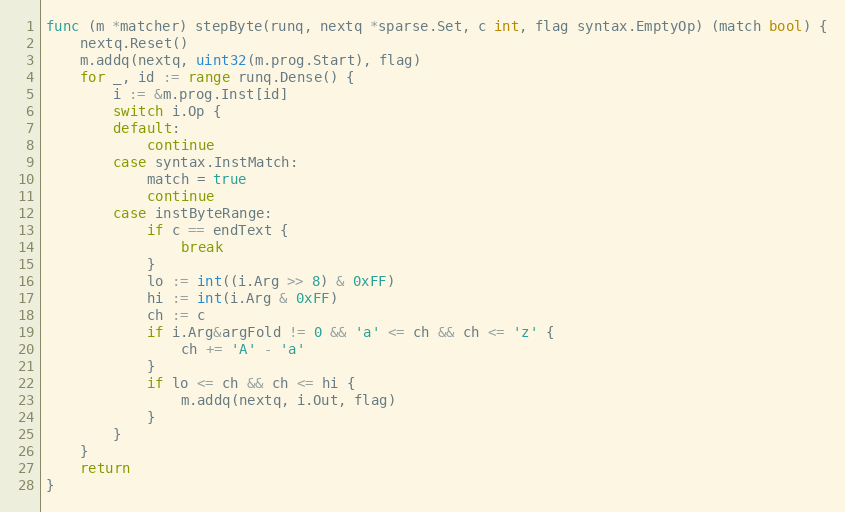
Language: Go
func (m *matcher) stepByte(runq, nextq *sparse.Set, c int, flag syntax.EmptyOp) (match bool) {
	nextq.Reset()
	m.addq(nextq, uint32(m.prog.Start), flag)
	for _, id := range runq.Dense() {
		i := &m.prog.Inst[id]
		switch i.Op {
		default:
			continue
		case syntax.InstMatch:
			match = true
			continue
		case instByteRange:
			if c == endText {
				break
			}
			lo := int((i.Arg >> 8) & 0xFF)
			hi := int(i.Arg & 0xFF)
			ch := c
			if i.Arg&argFold != 0 && 'a' <= ch && ch <= 'z' {
				ch += 'A' - 'a'
			}
			if lo <= ch && ch <= hi {
				m.addq(nextq, i.Out, flag)
			}
		}
	}
	return
}